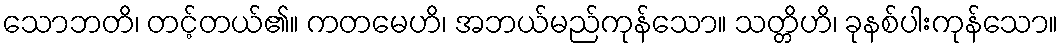
သောဘတိ၊ တင့်တယ်၏။ ကတမေဟိ၊ အဘယ်မည်ကုန်သော။ သတ္တိဟိ၊ ခုနစ်ပါးကုန်သော။